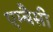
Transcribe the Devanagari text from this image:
एम्बैसी